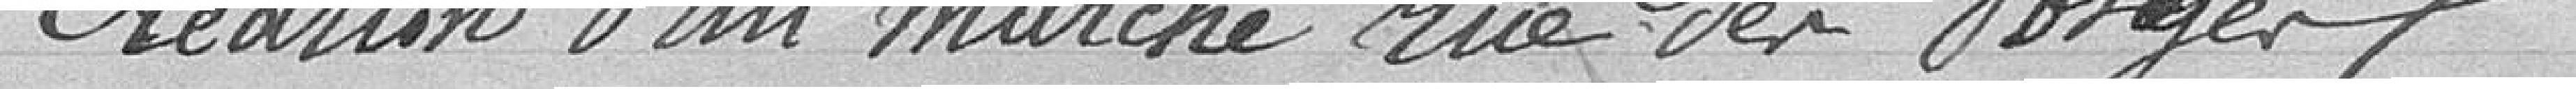
Création d'un marché rue des Vosges